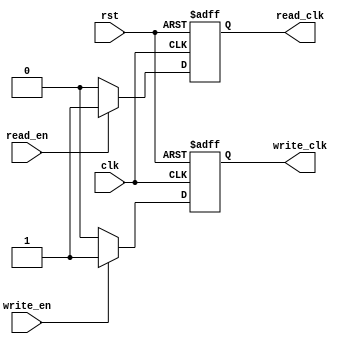
module almost_empty_fifo_timing_control (
    input wire clk,
    input wire rst,
    input wire read_en,
    input wire write_en,
    output reg read_clk,
    output reg write_clk
);

always @(posedge clk or posedge rst) begin
    if (rst) begin
        read_clk <= 1'b0;
        write_clk <= 1'b0;
    end else begin
        if (read_en) begin
            read_clk <= 1'b1;
        end else begin
            read_clk <= 1'b0;
        end
        
        if (write_en) begin
            write_clk <= 1'b1;
        end else begin
            write_clk <= 1'b0;
        end
    end
end

endmodule